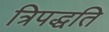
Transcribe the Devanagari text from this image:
त्रिपद्धति